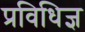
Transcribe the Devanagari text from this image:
प्रविधिज्ञ